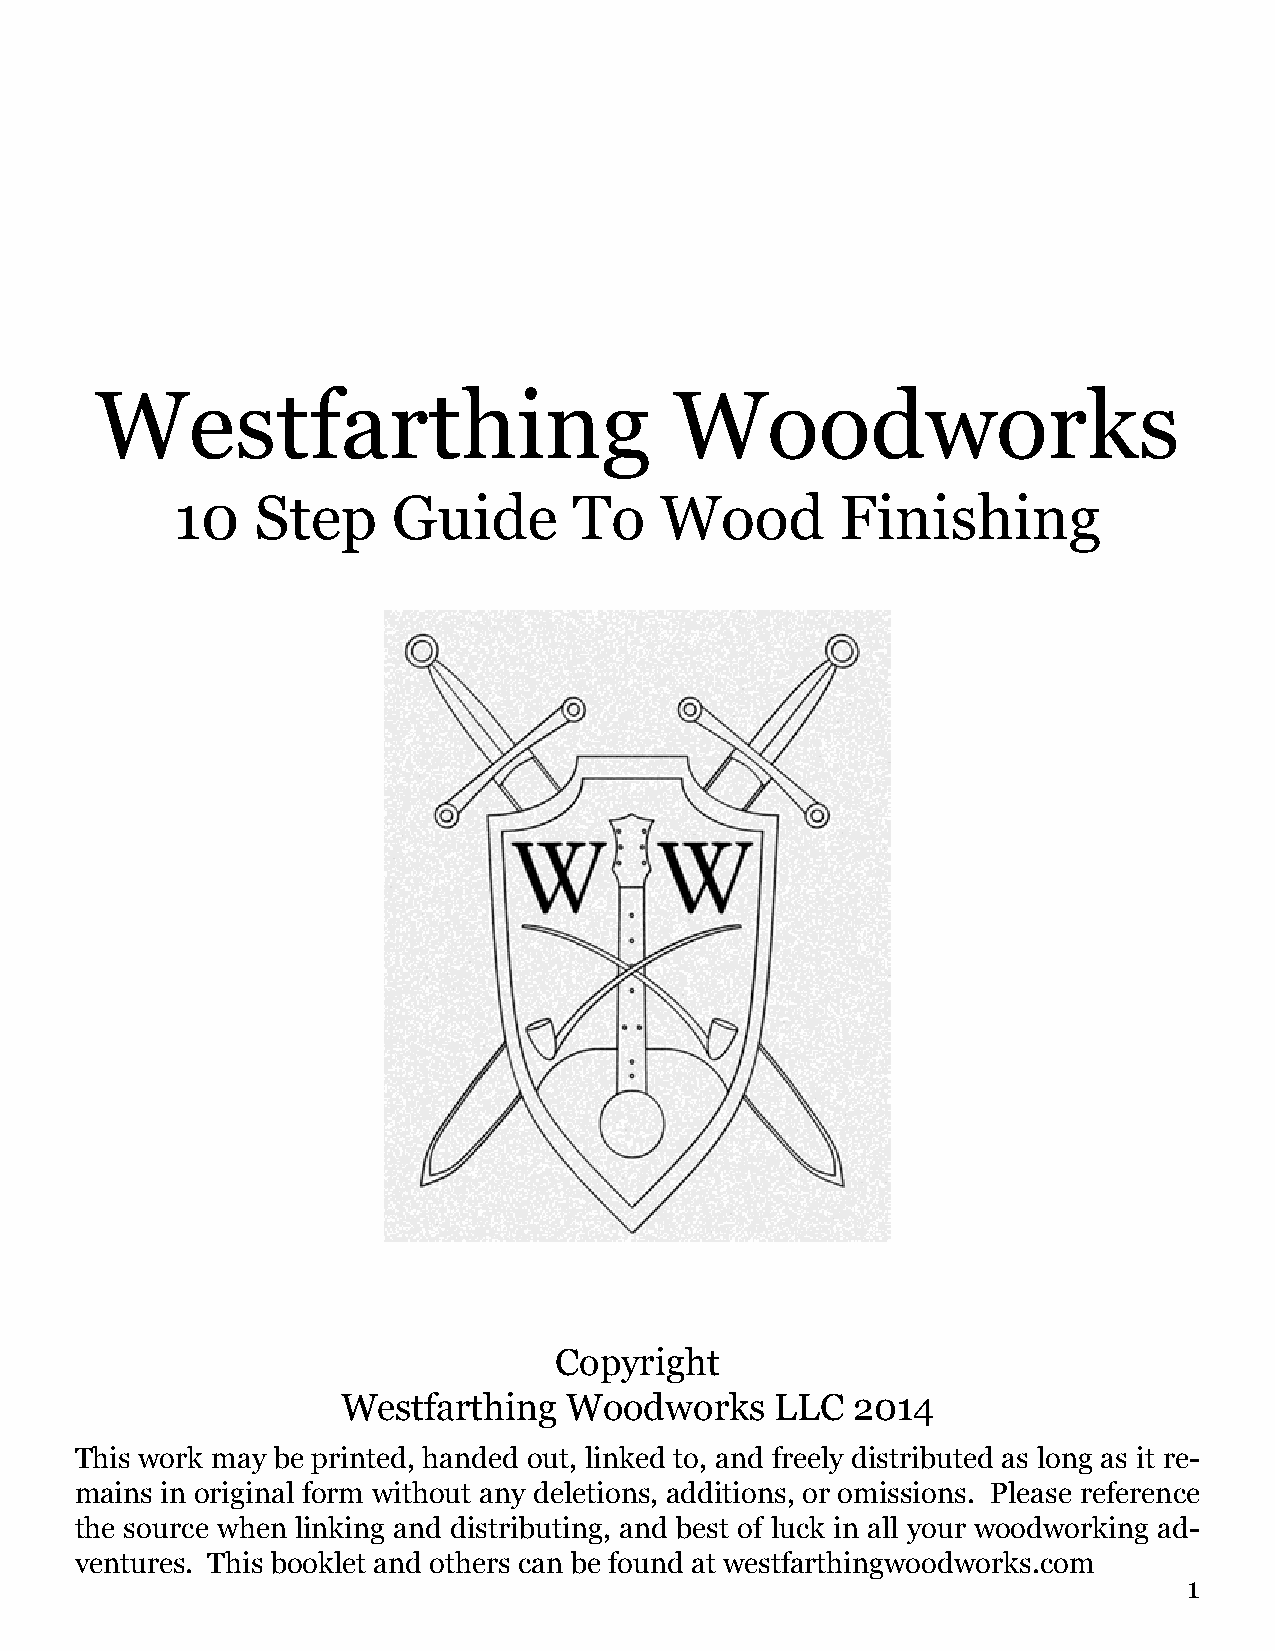
Westfarthing                           Woodworks
 10   Step     Guide       To    Wood        Finishing
 Copyright
 Westfarthing   Woodworks    LLC  2014
 This work may be printed, handed out, linked to, and freely distributed as long as it re-
 mains in original form without any deletions, additions, or omissions. Please reference
 the source when linking and distributing, and best of luck in all your woodworking ad-
 ventures. This booklet and others can be found at westfarthingwoodworks.com
 1